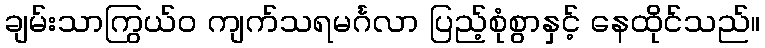
ချမ်းသာကြွယ်ဝ ကျက်သရမင်္ဂလာ ပြည့်စုံစွာနှင့် နေထိုင်သည်။